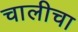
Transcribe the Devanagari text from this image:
चालीचा